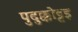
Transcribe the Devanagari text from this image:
पुदुक्कोट्टइ